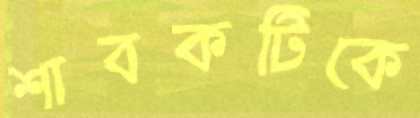
শাবকটিকে